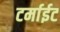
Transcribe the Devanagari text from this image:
टर्माईट